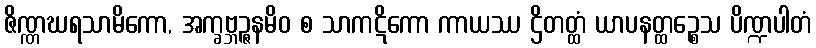
ဇိဏ္ဏဃရသာမိကော, အက္ခဗ္ဘဉ္ဇနမိဝ စ သာကဋိကော ကာယဿ ဌိတတ္ထံ ယာပနတ္ထဉ္စေသ ပိဏ္ဍပါတံ